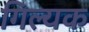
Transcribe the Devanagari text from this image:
गिल्यक